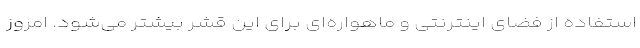
استفاده از فضای اینترنتی و ماهواره‌ای برای این قشر بیشتر می‌شود. امروز